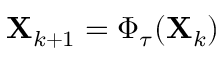
\mathbf { X } _ { k + 1 } = \Phi _ { \tau } ( \mathbf { X } _ { k } )